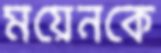
ময়েনকে